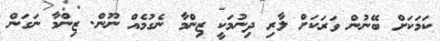
ކަމަކަށް ބޭނުން ވަރަކަށް ލާރި ދިނުމަކީ ޒިންމާ ނެގުމެއް ނޫން. ޒިންމާ ނަގަން